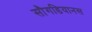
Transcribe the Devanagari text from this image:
सौगडियानस